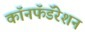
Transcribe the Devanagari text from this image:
कॉनफॅडॅरेशन